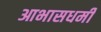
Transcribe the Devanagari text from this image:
आभासधर्मी